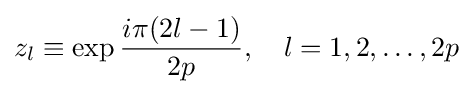
z_{l}\equiv \exp {\frac {i\pi (2l-1)}{2p}},\quad l=1,2,\ldots ,2p